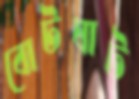
বোটঘাট